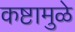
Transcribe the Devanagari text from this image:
कष्टामुळे